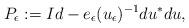
LaTeX: \begin{align*}P_{\epsilon}:=Id-e_{\epsilon}(u_{\epsilon})^{-1}du^*du,\end{align*}